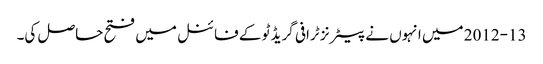
2012-13 میں انہوں نے پیٹرنز ٹرافی گریڈ ٹو کے فائنل میں فتح حاصل کی۔